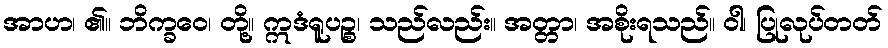
အာဟ၊ ၏။ ဘိက္ခဝေ၊ တို့။ ဣဒံရူပဉ္စ၊ သည်လည်း။ အတ္တာ၊ အစိုးရသည်။ ဝါ၊ ပြုလုပ်တတ်